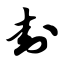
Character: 封